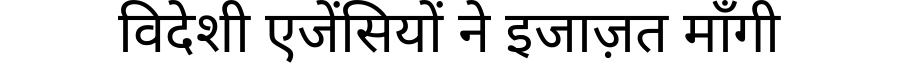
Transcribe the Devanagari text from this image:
विदेशी एजेंसियों ने इजाज़त माँगी